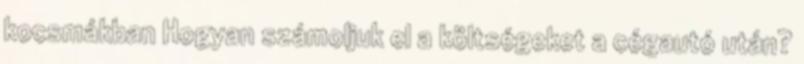
kocsmákban Hogyan számoljuk el a költségeket a cégautó után?